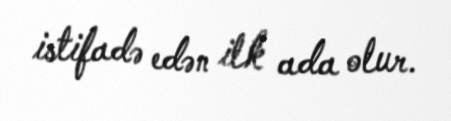
istifadə edən ilk ada olur.